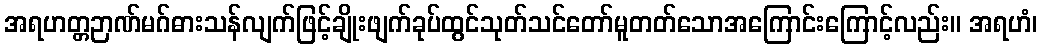
အရဟတ္တဉာဏ်မဂ်ဓားသန်လျက်ဖြင့်ချိုးဖျက်ခုပ်ထွင်သုတ်သင်တော်မူတတ်သောအကြောင်းကြောင့်လည်း။ အရဟံ၊